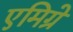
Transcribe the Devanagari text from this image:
एमिग्रे